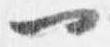
一